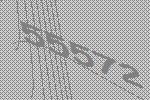
55572